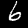
Digit: 6